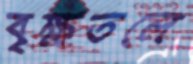
বৃক্ষতলে